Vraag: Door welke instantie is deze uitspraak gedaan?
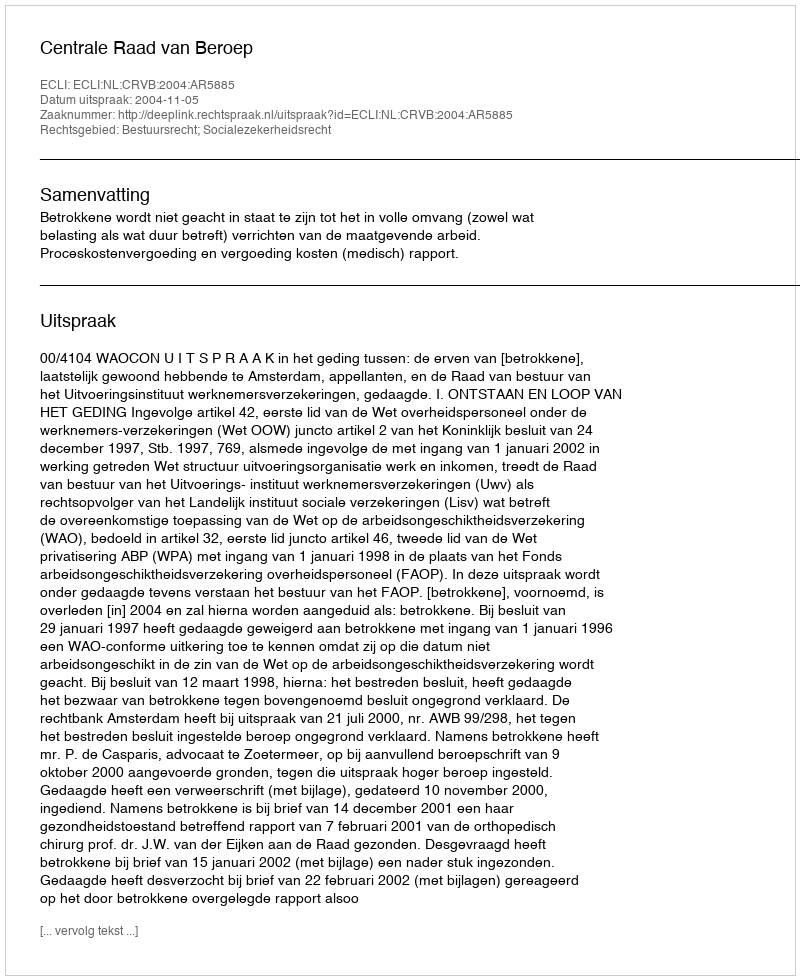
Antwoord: Centrale Raad van Beroep